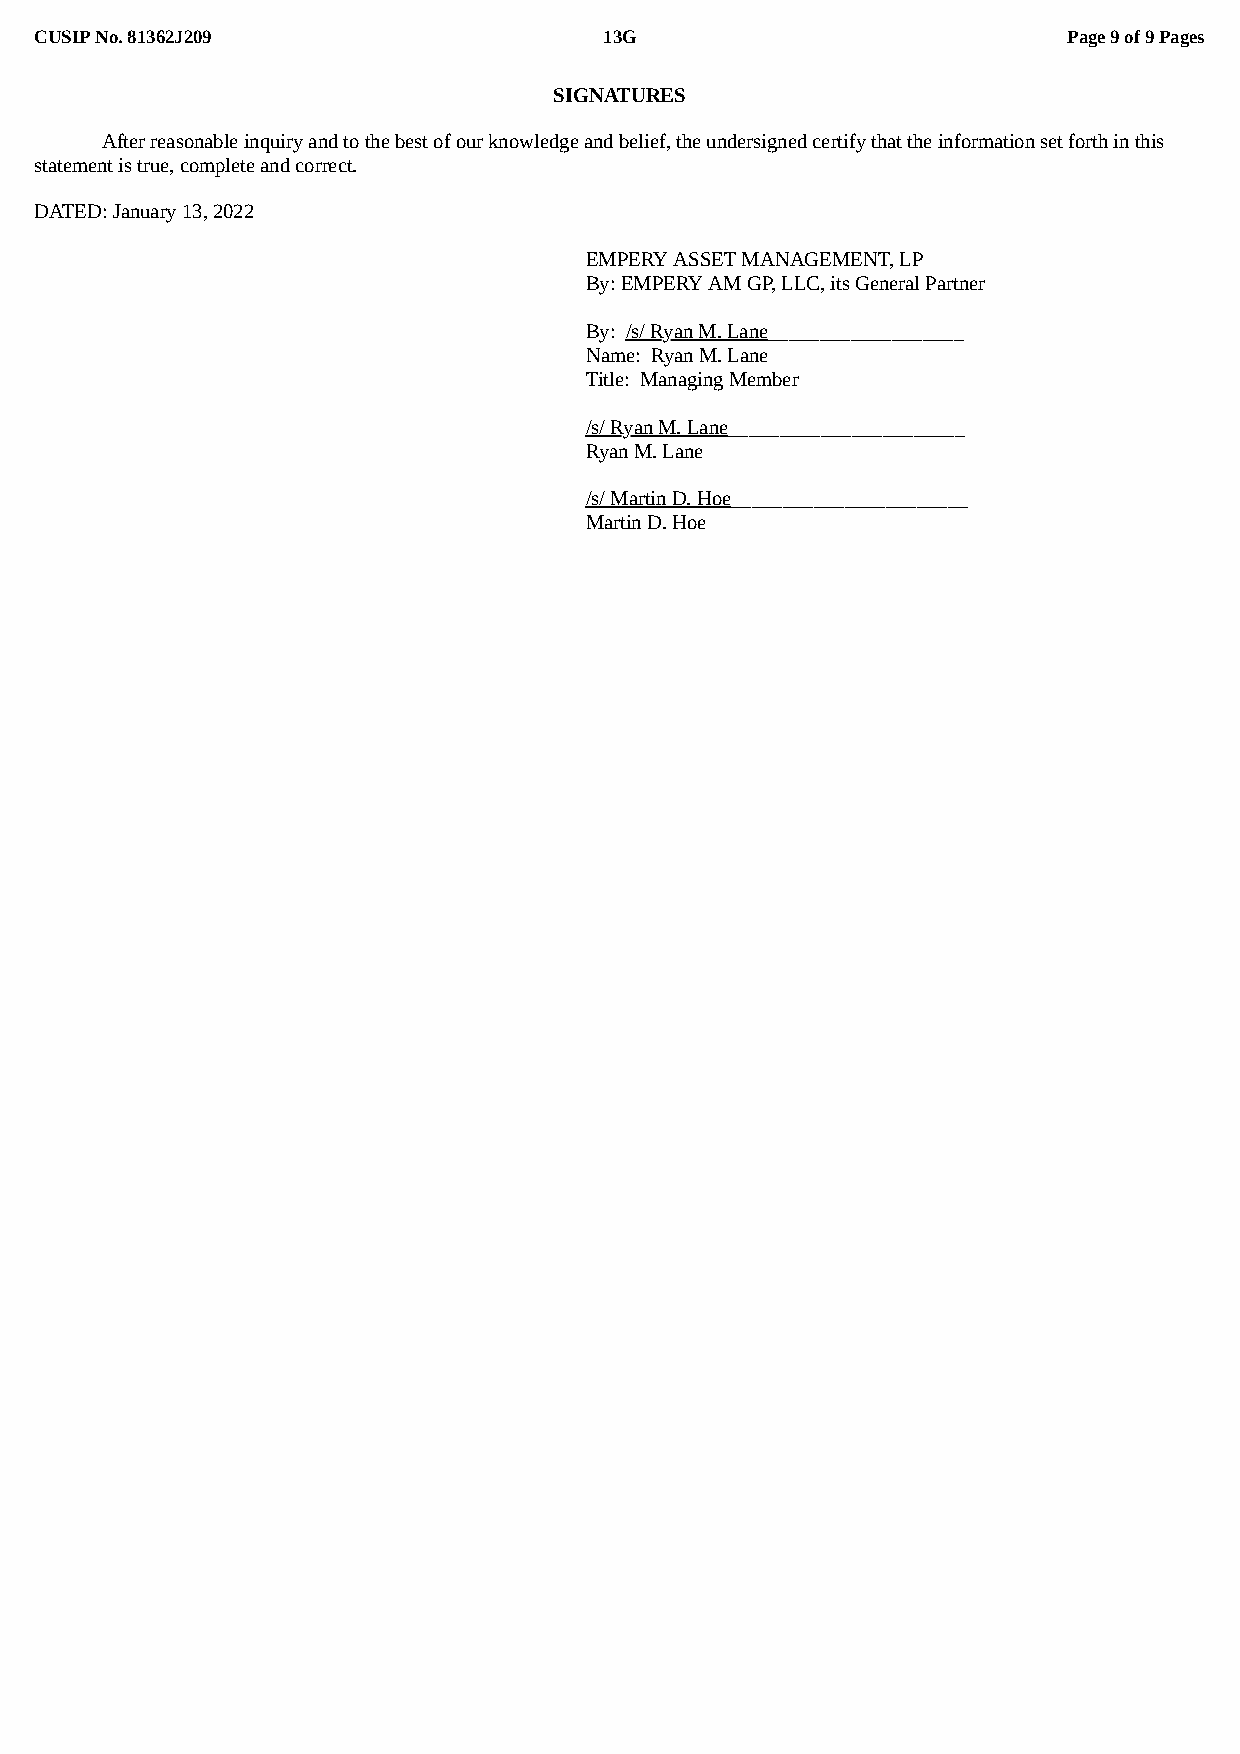
CUSIP No. 81362J209                   13G                            Page 9 of 9 Pages
 SIGNATURES
 After reasonable inquiry and to the best of our knowledge and belief, the undersigned certify that the information set forth in this
 statement is true, complete and correct.
 DATED: January 13, 2022
 EMPERY ASSET MANAGEMENT, LP
 By: EMPERY AM GP, LLC, its General Partner
 By: /s/ Ryan M. Lane___________________
 Name: Ryan M. Lane
 Title: Managing Member
 /s/ Ryan M. Lane_______________________
 Ryan M. Lane
 /s/ Martin D. Hoe_______________________
 Martin D. Hoe